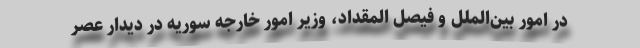
در امور بین‌الملل و فیصل المقداد، وزیر امور خارجه سوریه در دیدار عصر